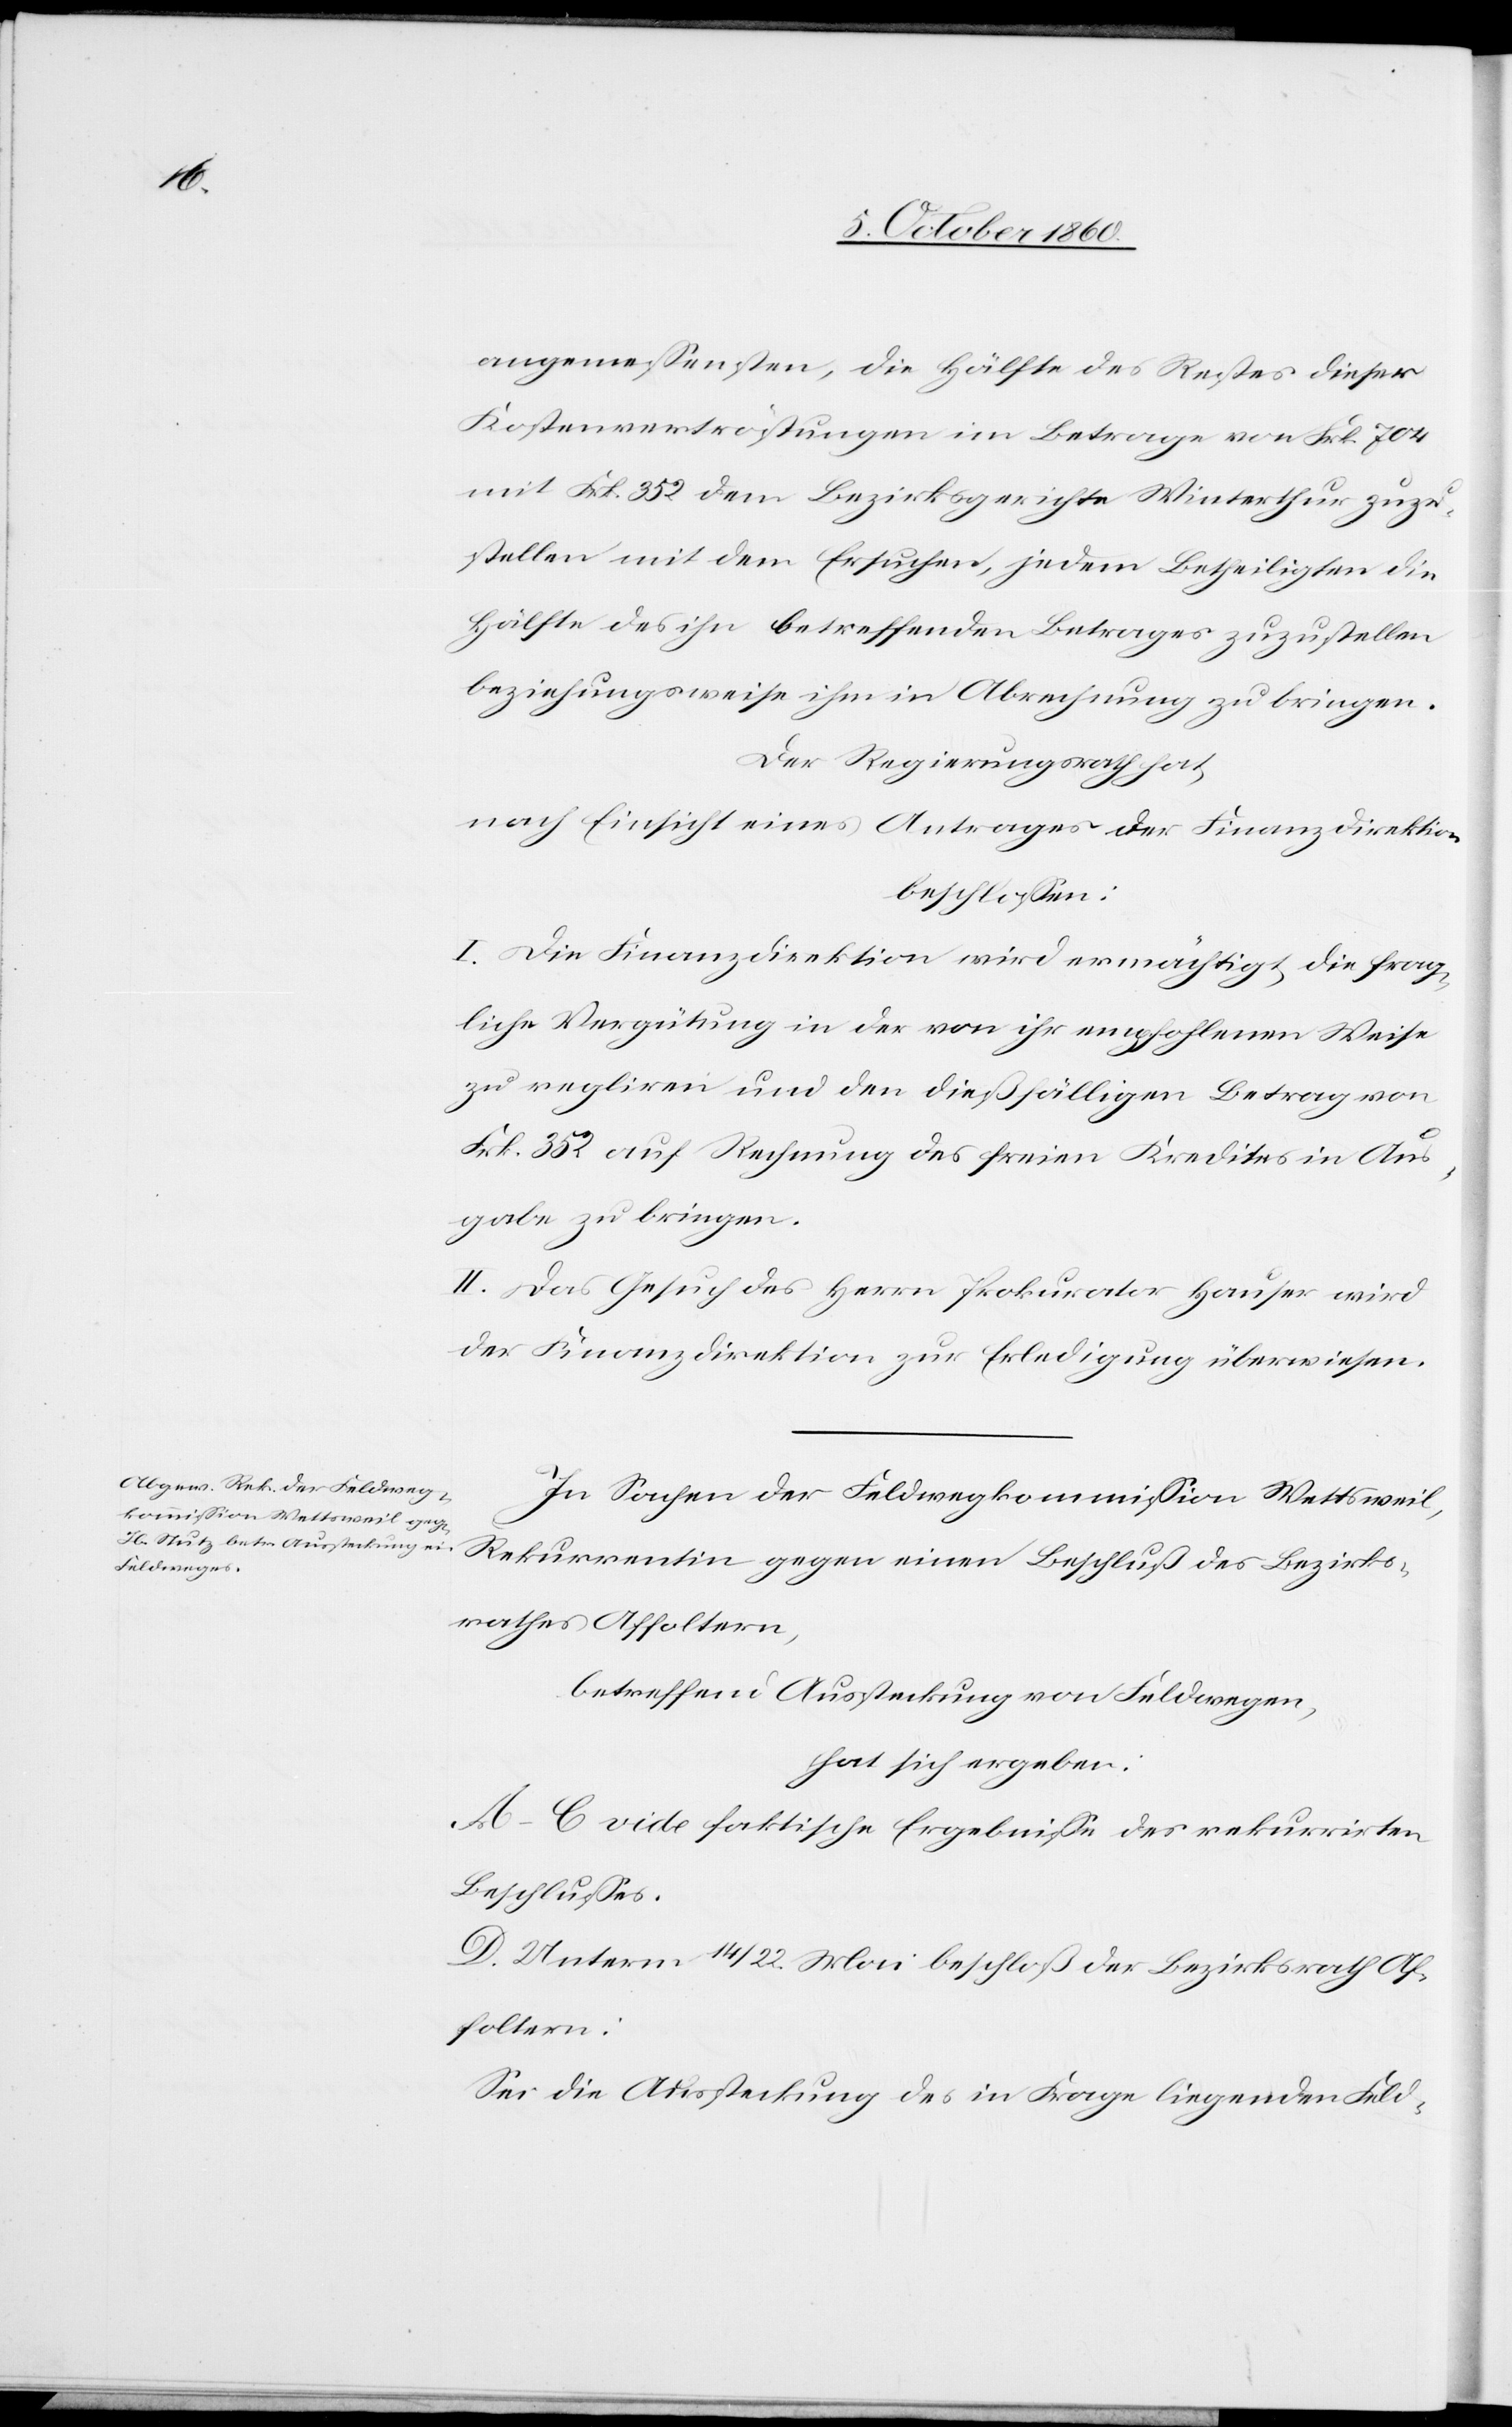
angemessensten, die Hälfte des Restes dieser
Kostenvertröstungen im Betrage von Frk. 704
mit Frk. 352 dem Bezirksgerichte Winterthur zuzu¬
stellen mit dem Ersuchen, jedem Betheiligten die
Hälfte des ihn betreffenden Betrages zuzustellen
beziehungsweise ihm in Abrechnung zu bringen.
Der Regierungsrath hat,
nach Einsicht eines Antrages der Finanzdirektion
beschlossen:
I. Die Finanzdirektion wird ermächtigt, die frag¬
liche Vergütung in der von ihr empfohlenen Weise
zu reg[u]liren und den dießfälligen Betrag von
Frk. 352 auf Rechnung des freien Kredites in Aus¬
gabe zu bringen.
II. Das Gesuch des Herrn Prokurator Hauser wird
der Finanzdirektion zur Erledigung überwiesen.
In Sachen der Feldwegkommission Wettsweil,
Rekurrentin gegen einen Beschluß des Bezirks¬
rathes Affoltern,
betreffend Aussteckung von Feldwegen,
hat sich ergeben:
A–C vide faktische Ergebnisse des rekurrirten
Beschlusses.
D. Unterm 14./22. Mai beschloß der Bezirksrath Af¬
foltern:
Sei die Aussteckung des in Frage liegenden Feld-